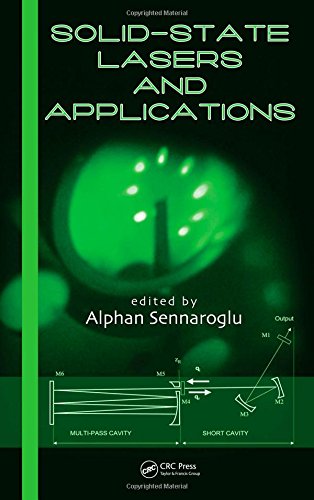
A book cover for Solid-State Lasers and Applications (Optical Science and Engineering); Science & Math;